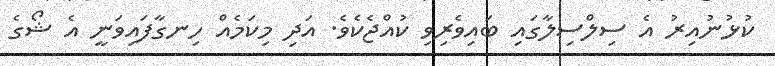
ކުޅުނުއިރު އެ ސިލްސިލާގައި ބައިވެރިވި ކުއްޖެކެވެ. އަދި މިކަމެއް ހިނގާފައިވަނީ އެ ޝޯގެ